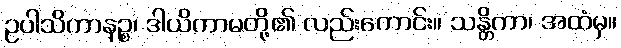
ဥပါသိကာနဉ္စ၊ ဒါယိကာမတို့၏ လည်းကောင်း။ သန္တိကာ၊ အထံမှ။